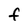
Character: f